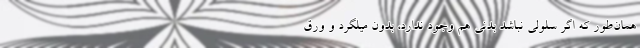
همان‌طور که اگر سلولی نباشد بدنی هم وجود ندارد، بدون میلگرد و ورق